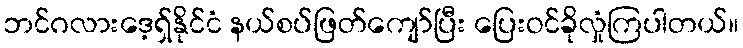
ဘင်ဂလားဒေ့ရှ်နိုင်ငံ နယ်စပ်ဖြတ်ကျော်ပြီး ပြေးဝင်ခိုလှုံကြပါတယ်။